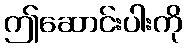
ဤဆောင်းပါးကို